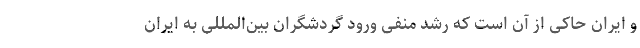
و ایران حاکی از آن است که رشد منفی ورود گردشگران بین‌المللی به ایران